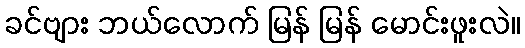
ခင်ဗျား ဘယ်လောက် မြန် မြန် မောင်းဖူးလဲ။